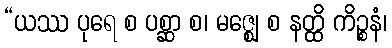
“ယဿ ပုရေ စ ပစ္ဆာ စ၊ မဇ္ဈေ စ နတ္ထိ ကိဉ္စနံ၊